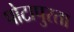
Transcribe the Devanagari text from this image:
पोटापुरता